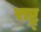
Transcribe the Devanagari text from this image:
राष्ट्र्